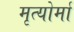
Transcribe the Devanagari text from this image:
मृत्योर्मा